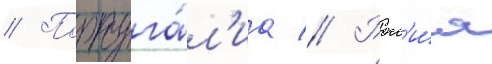
// Португа́л'иа // Росс'и́я